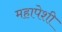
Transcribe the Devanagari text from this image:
महापेशी